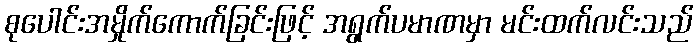
စုပေါင်းအမှိုက်ကောက်ခြင်းဖြင့် အရွက်ပမာဏမှာ မင်းထက်လင်းသည်